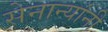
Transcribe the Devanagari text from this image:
सेनान्यांनी